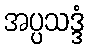
အပ္ပသဒ္ဒံ